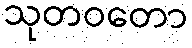
သုတဝတော